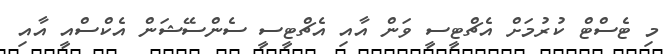
މި ޓެސްޓް ކުރުމަށް އެޗްޓީސީ ވަން އާއި އެޗްޓީސީ ސެންސޭޝަން އެކްސްއީ އާއި